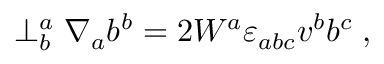
\perp _ { b } ^ { a } \nabla _ { a } b ^ { b } = 2 W ^ { a } { \varepsilon } _ { a b c } v ^ { b } b ^ { c } \; ,